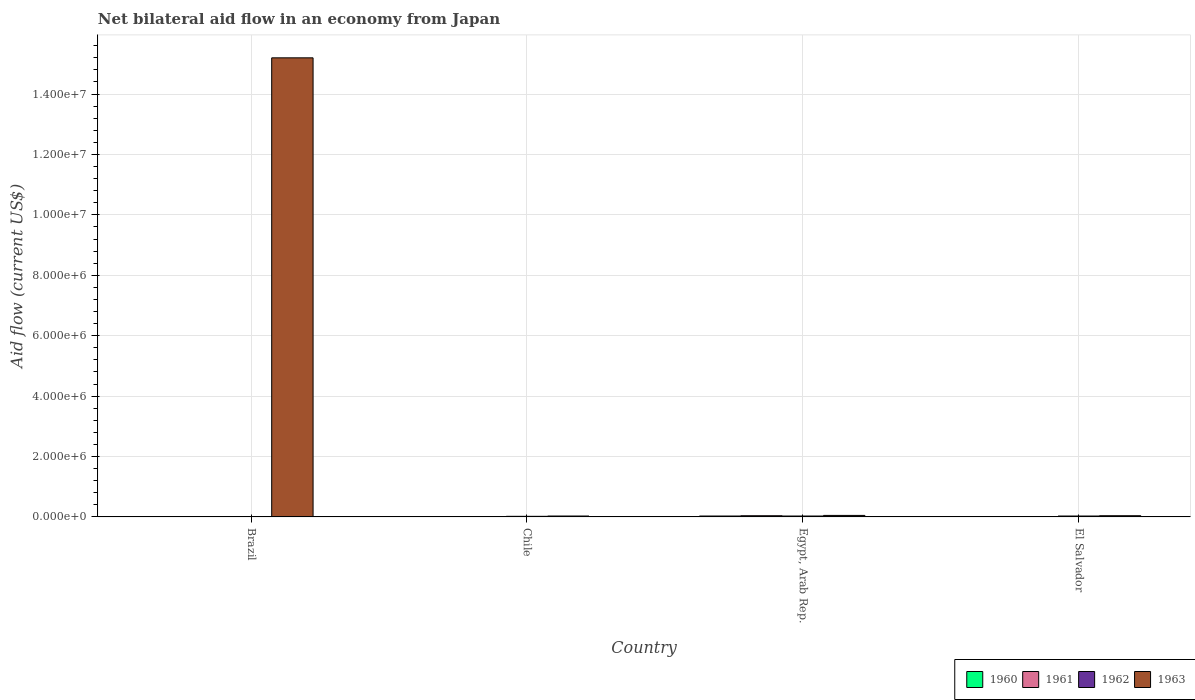
| Country | 1960 | 1961 | 1962 | 1963 |
 | --- | --- | --- | --- | --- |
 | Brazil | -2.15e+06 | -2.36e+06 | -2.14e+06 | 1.52e+07 |
 | Chile | 1e+04 | 1e+04 | 2e+04 | 3e+04 |
 | Egypt, Arab Rep. | 3e+04 | 4e+04 | 3e+04 | 5e+04 |
 | El Salvador | 1e+04 | 1e+04 | 3e+04 | 4e+04 |